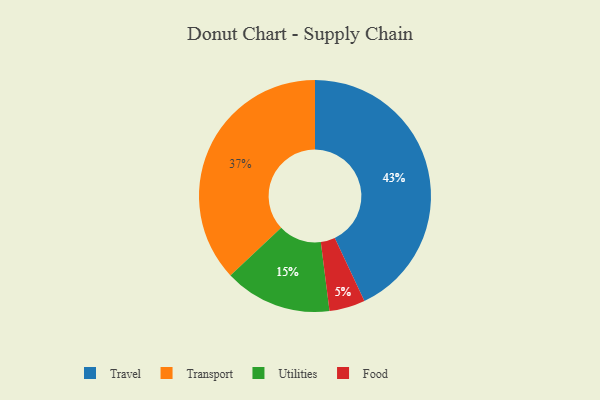
{"axis": {"x": "Category", "y": "Percentage"}, "legend": ["Food", "Transport", "Travel", "Utilities"], "data": [{"x": "Travel", "y": 43, "type": "Travel"}, {"x": "Utilities", "y": 15, "type": "Utilities"}, {"x": "Food", "y": 5, "type": "Food"}, {"x": "Transport", "y": 37, "type": "Transport"}]}